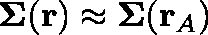
\mathbf { \Sigma } ( \mathbf { r } ) \approx \mathbf { \Sigma } ( \mathbf { r } _ { A } )